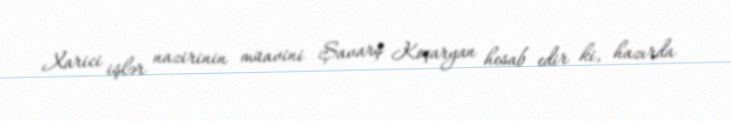
Xarici işlər nazirinin müavini Şavarş Koçaryan hesab edir ki, hazırda